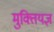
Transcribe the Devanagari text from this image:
मुक्तियज्ञ